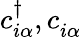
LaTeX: c_{i\alpha}^{\dagger},c_{i\alpha}^{\phantom{\dagger}}